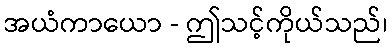
အယံကာယော - ဤသင့်ကိုယ်သည်၊